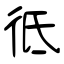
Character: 彽